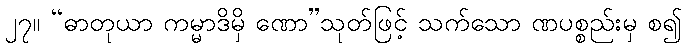
၂၇။ “ဓာတုယာ ကမ္မာဒိမှိ ဏော”သုတ်ဖြင့် သက်သော ဏပစ္စည်းမှ စ၍